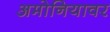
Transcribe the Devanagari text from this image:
अमोनियावर